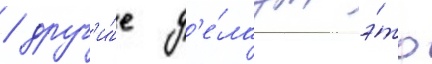
/ друг'и́е д'е́лаут э́то